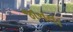
જાનતા